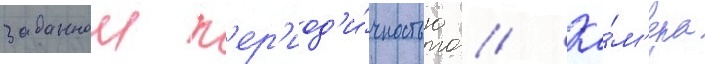
заданнои п'ер'иод'и́чностью // Ка́м'ера